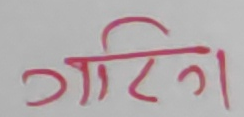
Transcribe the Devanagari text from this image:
गाटिंग